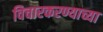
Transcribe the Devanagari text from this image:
विचारकरण्याच्या